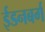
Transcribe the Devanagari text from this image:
ईडनबर्ग